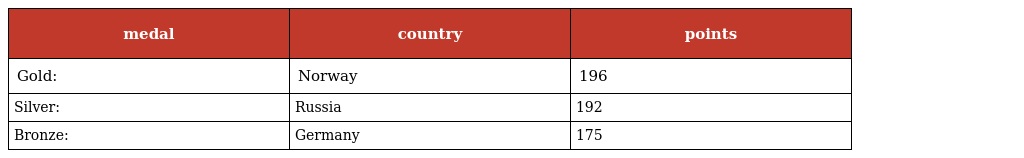
| medal | country | points |
 | --- | --- | --- |
 | Gold: | Norway | 196 |
 | Silver: | Russia | 192 |
 | Bronze: | Germany | 175 |